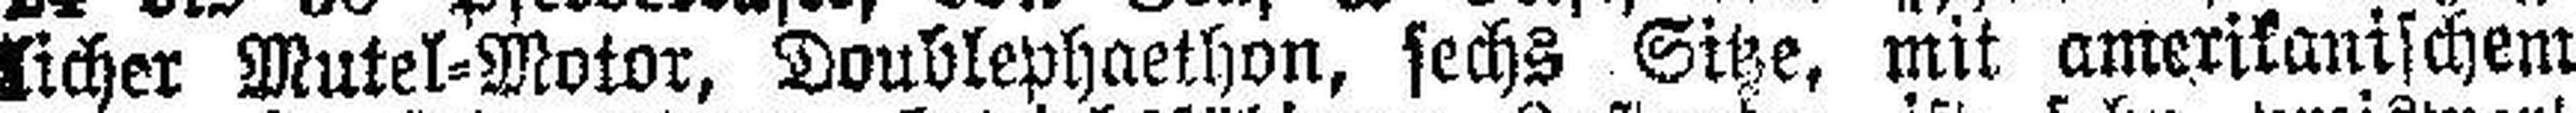
licher Mutel-Motor, Doublephaethon, sechs Sitze, mit amerikanischem